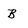
Character: B